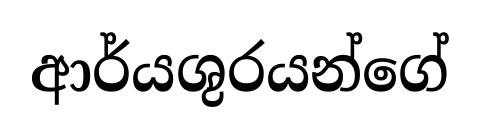
ආර්යශුරයන්ගේ